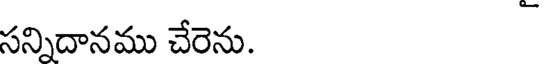
సన్నిదానము చేరెను.